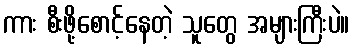
ကား စီးဖို့စောင့်နေတဲ့ သူတွေ အများကြီးပဲ။